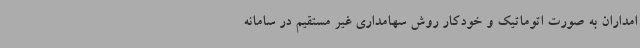
امداران به صورت اتوماتیک و خودکار روش سهامداری غیر مستقیم در سامانه